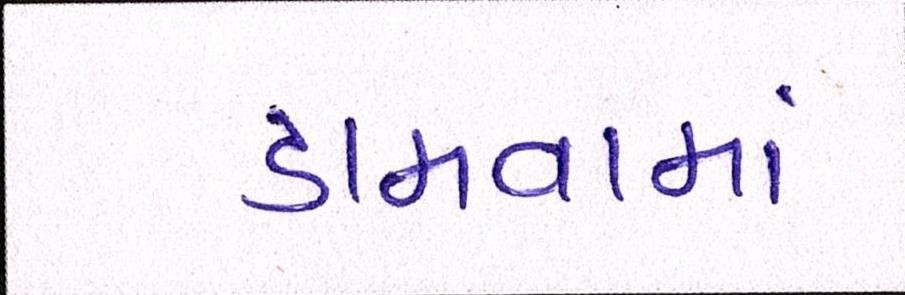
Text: ડામવામાં